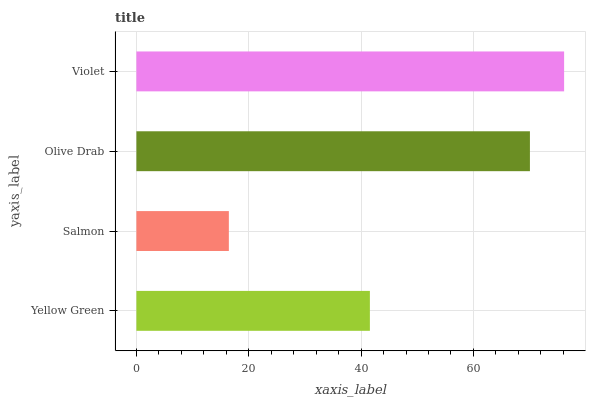
| yaxis_label | bars |
 | --- | --- |
 | Yellow Green | 41.6 |
 | Salmon | 16.5 |
 | Olive Drab | 70 |
 | Violet | 76.1 |